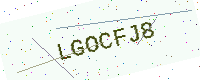
Text: LGOCFJ8